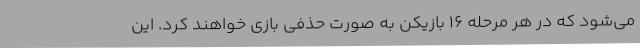
می‌شود که در هر مرحله 16 بازیکن به صورت حذفی بازی خواهند کرد. این